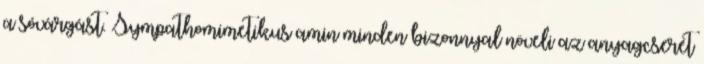
a sóvárgást. Sympathomimetikus amin minden bizonnyal növeli az anyagcserét